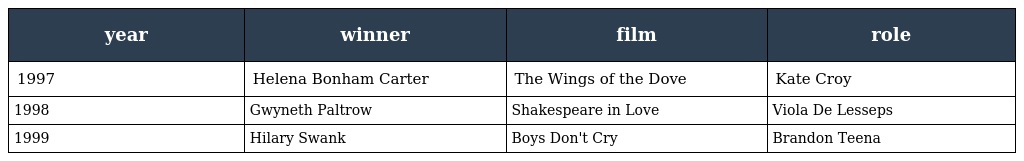
| year | winner | film | role |
 | --- | --- | --- | --- |
 | 1997 | Helena Bonham Carter | The Wings of the Dove | Kate Croy |
 | 1998 | Gwyneth Paltrow | Shakespeare in Love | Viola De Lesseps |
 | 1999 | Hilary Swank | Boys Don't Cry | Brandon Teena |